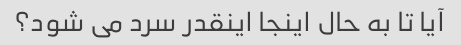
آیا تا به حال اینجا اینقدر سرد می شود؟